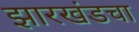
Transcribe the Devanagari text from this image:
झारखंडचा